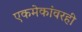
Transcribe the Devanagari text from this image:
एकमेकांवरही